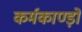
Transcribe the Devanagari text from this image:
कर्मकाण्ड़ों